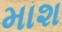
માશ